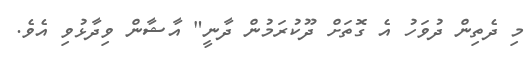
މި ދެތިން ދުވަހު އެ ގޮތަށް ދޫކުރަމުން ދާނީ" އާާޝާން ވިދާޅުވި އެވެ.